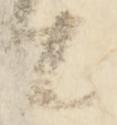
由